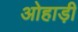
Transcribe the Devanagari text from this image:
ओहाड़ी